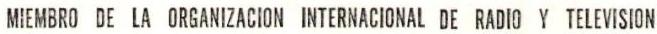
MIEMBRO DE LA ORGANIZACION INTERNACIONAL DE RADIO Y TELEVISION